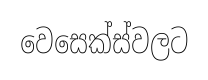
වෙසෙක්ස්වලට